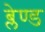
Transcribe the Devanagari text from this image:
ब्लेण्ड